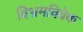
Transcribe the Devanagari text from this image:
विभ्रमविवेक